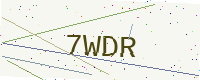
Text: 7WDR